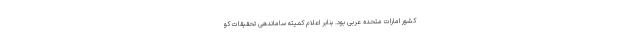
کشور امارات متحده عربی بود. بنابر اعلام کمیته ساماندهی تحقیقات کو